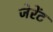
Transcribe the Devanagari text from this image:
जेरेंट